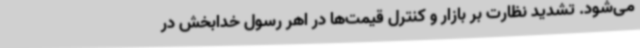
می‌شود. تشدید نظارت بر بازار و کنترل قیمت‌ها در اهر رسول خدابخش در